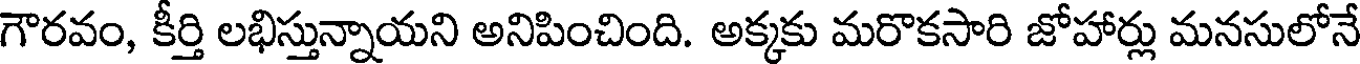
గౌరవం, కీర్తి లభిస్తున్నాయని అనిపించింది. అక్కకు మరొకసారి జోహార్లు మనసులోనే